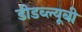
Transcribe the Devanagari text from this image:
डीडब्ल्यूबी